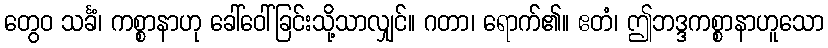
တွေဝ သင်္ခံ၊ ကစ္စာနာဟု ခေါ်ဝေါ်ခြင်းသို့သာလျှင်။ ဂတာ၊ ရောက်၏။ ဧတံ၊ ဤဘဒ္ဒကစ္စာနာဟူသော